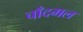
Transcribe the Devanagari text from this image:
चाँदमल